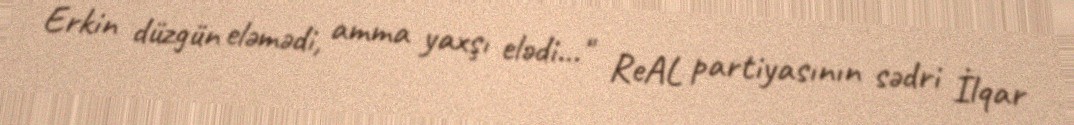
Erkin düzgün eləmədi, amma yaxşı elədi..." ReAL partiyasının sədri İlqar